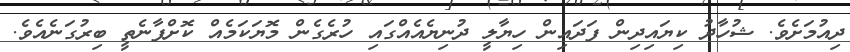
ދިއުމަށެވެ. ޝުހާދު ކިޔައިދިން ފަދައިން ހިޔާލީ ދުނިޔެއެއްގައި ހުރެގެން މޮޔަކަމެއް ކޮށްފާނެތީ ބިރުގަނެއެވެ.